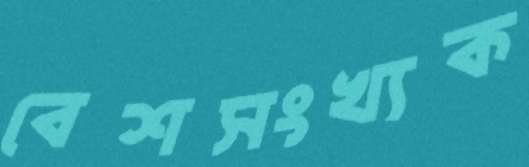
বেশসংখ্যক